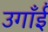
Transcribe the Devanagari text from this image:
उगाँईं